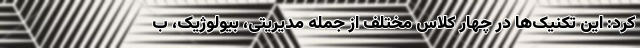
کرد: این تکنیک‌ها در چهار کلاس مختلف از جمله مدیریتی، بیولوژیک، ب